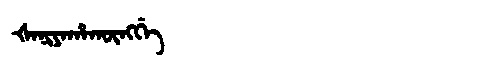
Manchu: ᡧᠠᠨᡳᠶᠠᡥᠠᡴᡡᠩᡤᡝ
Romanization: ŠANIYAHAKŪNGGE